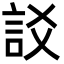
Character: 訤